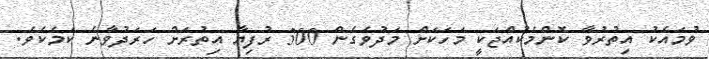
ވުމައެކު އިތުރުވާ ކޮންމެކުއްޖަކީ މަހަކަށް މަދުވެގެން 300 ރުފިޔާ އިތުރަށް ހަރަދުވާނެ ކަމެކެވެ.